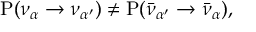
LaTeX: J = { \frac { 1 } { 4 } } { \frac { \sqrt { \sin ^ { 2 } 2 \theta _ { s o l } } \sqrt { \sin ^ { 2 } 2 \theta _ { a t m } } | U _ { e 3 } | } { 1 - | U _ { e 3 } | ^ { 2 } } } \sin \phi \ ,